Report of the Municipal Commissioner on the plague in Bombay for the year ending 31st May... - Volume 1
Disease focus: Plague
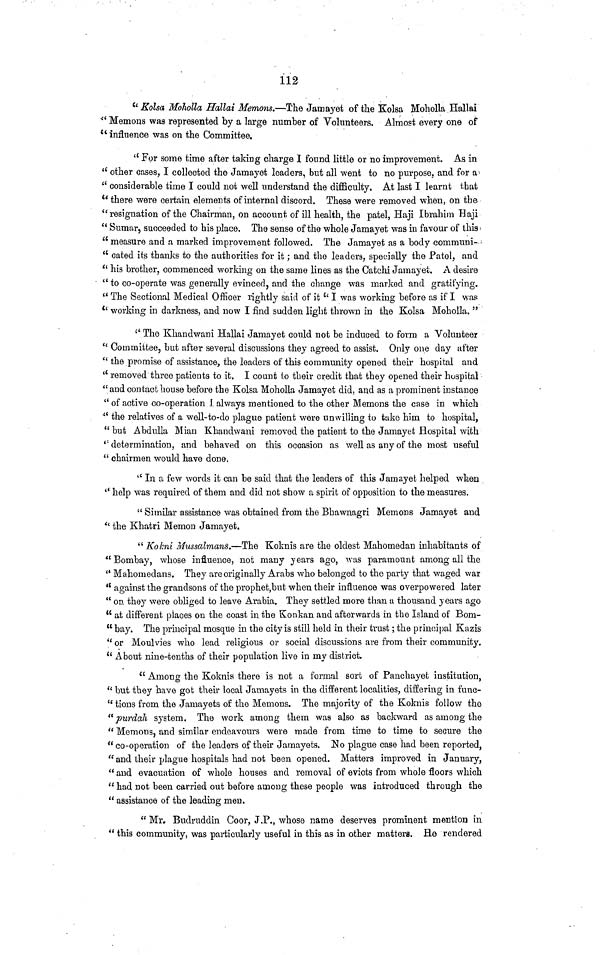
112
" Kolsa Moholla Hallai Memons.—The Jamayet of the Kolsa Moholk Hallai
" Memons was represented by a large number of Volunteers. Almost every one of
" influence was on the Committee.
" For some time after taking charge I found little or no improvement. As in
" other cases, I collected the Jamayet leaders, but all went to no purpose, and for a
" considerable time I could not well understand the difficulty. At last I learnt that
" there were certain elements of internal discord. These were removed when, on the
" resignation of the Chairman, on account of ill health, the patel, Haji Ibrahim Haji
" Sumar, succeeded to his place. The sense of the whole Jamayet was in favour of this
" measure and a marked improvement followed. The Jamayet as a body communi-
" cated its thanks to the authorities for it; and the leaders, specially the Patel, and
" his brother, commenced working on the same lines as the Catchi Jamayet. A desire
" to co-operate was generally evinced, and the change was marked and gratifying.
" The Sectional Medical Officer rightly said of it " I was working before as if I was
" working in darkness, and now I find sudden light thrown in the Kolsa Moholla. "
'' The Khandwani Hallai Jamayet could not be induced to form a Volunteer
" Committee, but after several discussions they agreed to assist. Only one day after
" the promise of assistance, the leaders of this community opened their hospital and
" removed three patients to it. I count to their credit that they opened their hospital
"and contact house before the Kolsa Moholla Jamayet did, and as a prominent instance
" of active co-operation 1 always mentioned to the other Memons the case in which
" the relatives of a well-to-do plague patient were unwilling to take him to hospital,
" but Abdulla Mian Khandwani removed the patient to the Jamayet Hospital with
" determination, and behaved on this occasion as well as any of the most useful
" chairmen would have done.
" In a few words it can be said that the leaders of this Jamayet helped when
" help was required of them and did not show a spirit of opposition to the measures.
" Similar assistance was obtained from the Bhawnagri Memons Jamayet and
" the Khatri Memon Jamayet.
" Kokni Mussalmans.—The Koknis are the oldest Mahomedan inhabitants of
" Bombay, whose influence, not many years ago, was paramount among all the
" Mahomedans. They are originally Arabs who belonged to the party that waged war
" against the grandsons of the prophet, but when their influence was overpowered later
" on they were obliged to leave Arabia. They settled more than a thousand years ago
" at different places on the coast in the Konkan and afterwards in the Island of Bom-
" bay. The principal mosque in the city is still held in their trust; the principal Kazis
" or Moulvies who lead religious or social discussions are from their community.
" About nine-tenths of their population live in my district.
" Among the Koknis there is not a formal sort of Panchayet institution,
" but they have got their local Jamayets in the different localities, differing in func-
" tions from the Jamayets of the Memons. The majority of the Koknis follow the
" purdah system. The work among them was also as backward as among the
" Memons, and similar endeavours were made from time to time to secure the
" co-operation of the leaders of their Jamayets. No plague case had been reported,
" and their plague hospitals had not been opened. Matters improved in January,
" and evacuation of whole houses and removal of evicts from whole floors which
" had not been carried out before among these people was introduced through the
" assistance of the leading men.
" Mr. Budruddin Coor, J.P., whose name deserves prominent mention in
" this community, was particularly useful in this as in other matters. He rendered